Annual administration report of the Civil Veterinary Department, Ajmere-Merwara, British Rajputana - 1914-1940
Year: 1914
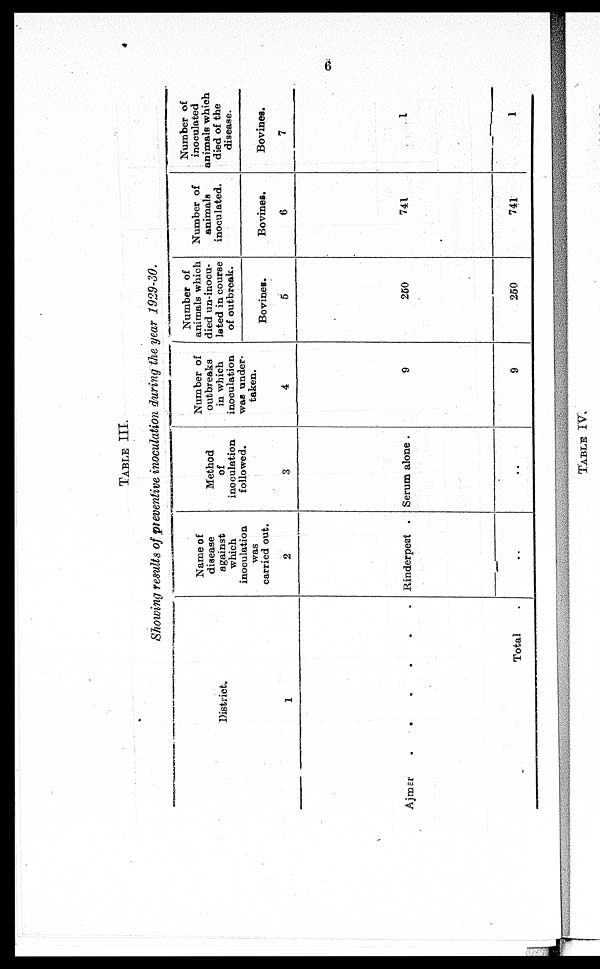
6
TABLE III.
Showing results of preventive inoculation during the year 1929-30.
District.
1
Ajmer
.
.
.
.
.
.
Total .
Name of
disease
against
which
inoculation
was
carried out.
2
Rinderpest .
..
Method
of
inoculation
followed.
3
Serum alone .
..
Number of
outbreaks
in which
inoculation
was under-
taken.
4
9
9
Number of
animals which
died un-inocu-
lated in course
of outbreak.
Bovines.
5
250
250
Number of
animals
inoculated.
Bovines.
6
741
741
Number of
inoculated
animals which
died of the
disease.
Bovines.
7
1
1